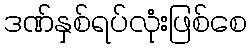
ဒဏ်နှစ်ရပ်လုံးဖြစ်စေ